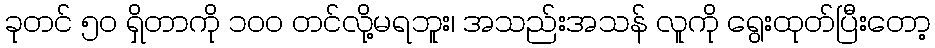
ခုတင် ၅၀ ရှိတာကို ၁၀၀ တင်လို့မရဘူး၊ အသည်းအသန် လူကို ရွေးထုတ်ပြီးတော့